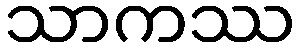
သာကဿ